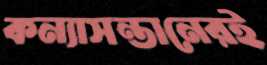
কন্যাসন্তানেরই